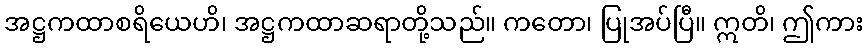
အဋ္ဌကထာစရိယေဟိ၊ အဋ္ဌကထာဆရာတို့သည်။ ကတော၊ ပြုအပ်ပြီ။ ဣတိ၊ ဤကား